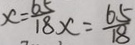
x = \frac { 6 5 } { 1 8 } x = \frac { 6 5 } { 1 8 }